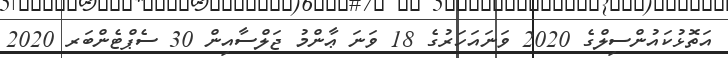
އަތޮޅުކައުންސިލްގެ 2020 ވަނައަހަރުގެ 18 ވަނަ ޢާންމު ޖަލްސާއިން 30 ސެޕްޓެންބަރ 2020